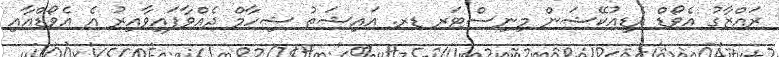
ރައްޒާގު އެވޯޑް އެޑިއުކޭޝަން މިނިސްޓަރ ޑރ. އައިޝަތު ޝިހާމް ދެއްވާފައިވާއިރު އެ އެވޯޑްއާއި